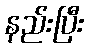
နည်းပြီး